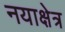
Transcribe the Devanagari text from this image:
नयाक्षेत्र